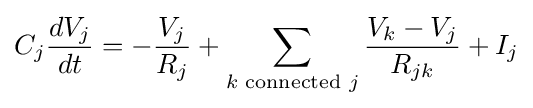
C_{j}{\frac {dV_{j}}{dt}}=-{\frac {V_{j}}{R_{j}}}+\sum _{k{\text{ connected }}j}{}{\frac {V_{k}-V_{j}}{R_{jk}}}+I_{j}